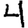
Digit: 4